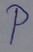
Text: P